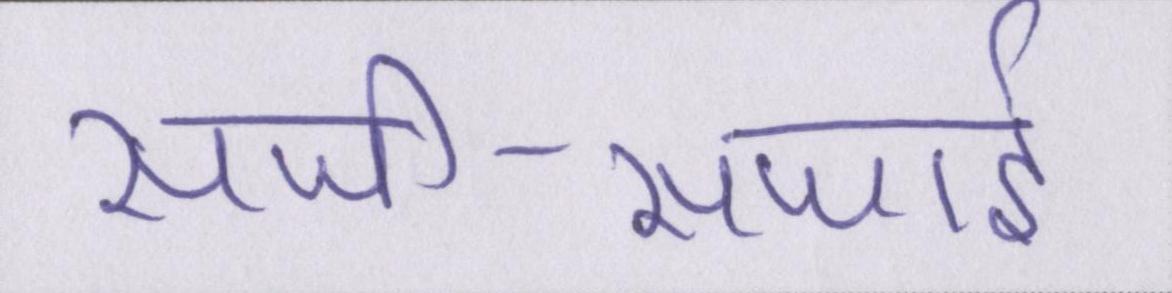
सजी-सजाई